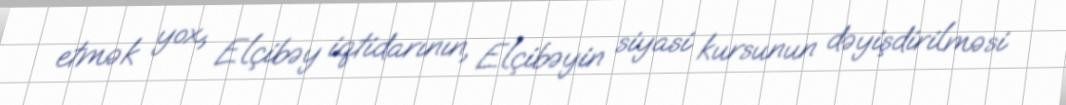
etmək yox, Elçibəy iqtidarının, Elçibəyin siyasi kursunun dəyişdirilməsi